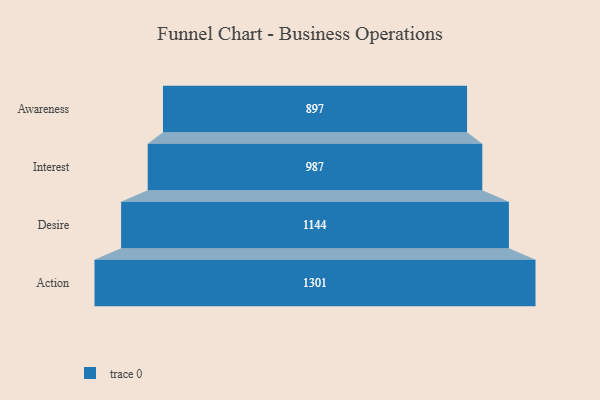
{"axis": {"x": "Stage", "y": "Value"}, "legend": [""], "data": [{"x": "Awareness", "y": 897.0, "type": ""}, {"x": "Interest", "y": 987.0, "type": ""}, {"x": "Desire", "y": 1144.0, "type": ""}, {"x": "Action", "y": 1301.0, "type": ""}]}